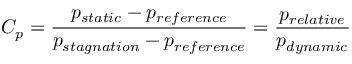
C _ { p } = \frac { p _ { s t a t i c } - p _ { r e f e r e n c e } } { p _ { s t a g n a t i o n } - p _ { r e f e r e n c e } } = \frac { p _ { r e l a t i v e } } { p _ { d y n a m i c } }